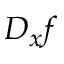
D _ { x } f